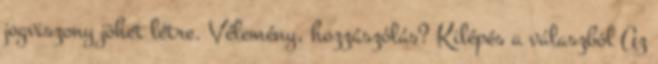
jogviszony jöhet létre. Vélemény, hozzászólás? Kilépés a válaszból Az